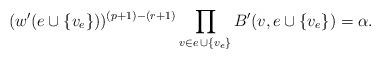
LaTeX: \begin{align*}(w'(e\cup\{v_e\}))^{(p+1)-(r+1)}\prod_{v\in e\,\cup\{v_e\}}B'(v,e\cup\{v_e\})=\alpha. \end{align*}